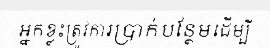
អ្នកខ្លះត្រូវការប្រាក់បន្ថែមដើម្បី